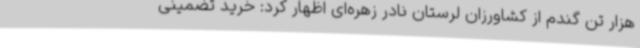
هزار تن گندم از کشاورزان لرستان نادر زهره‌ای اظهار کرد: خرید تضمینی